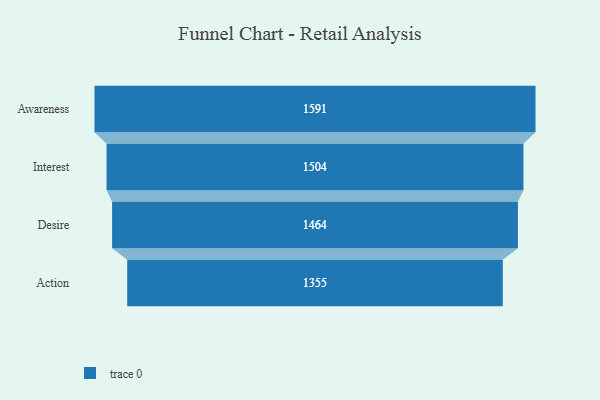
{"axis": {"x": "Stage", "y": "Value"}, "legend": [""], "data": [{"x": "Awareness", "y": 1591.0, "type": ""}, {"x": "Interest", "y": 1504.0, "type": ""}, {"x": "Desire", "y": 1464.0, "type": ""}, {"x": "Action", "y": 1355.0, "type": ""}]}